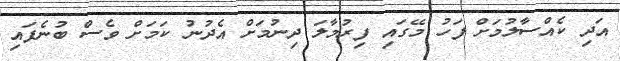
އަދި ކެއްސާލުމަށް ފަހު މޭގައި ފިރުމާލަ ދިނުމަށް އެދުނު ކަމަށް ވެސް ބުނެފައި